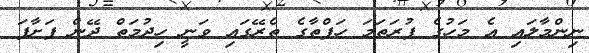
ނިންމާލައި އެ މަހުގެ ފުރަތަމަ ހަފްތާގެ ތެރޭގައި ވަނީ ހިދުމަތް ދޭން ފަށާފަ